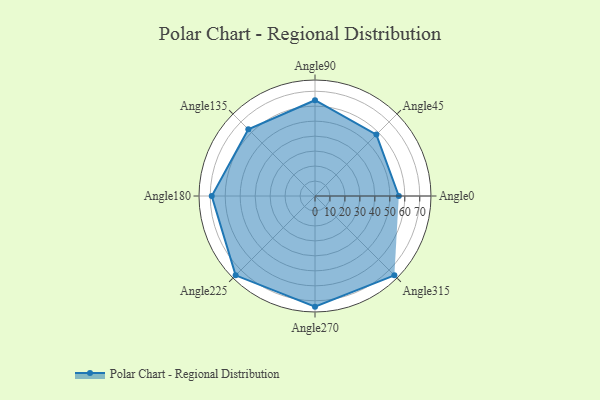
{"axis": {"x": "Angle", "y": "Radius"}, "legend": [""], "data": [{"x": "Angle0", "y": 56.0, "type": ""}, {"x": "Angle45", "y": 58.0, "type": ""}, {"x": "Angle90", "y": 64.0, "type": ""}, {"x": "Angle135", "y": 63.0, "type": ""}, {"x": "Angle180", "y": 69.0, "type": ""}, {"x": "Angle225", "y": 75.0, "type": ""}, {"x": "Angle270", "y": 74.0, "type": ""}, {"x": "Angle315", "y": 75.0, "type": ""}]}